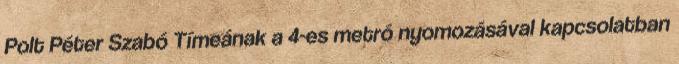
Polt Péter Szabó Tímeának a 4-es metró nyomozásával kapcsolatban